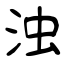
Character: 浊